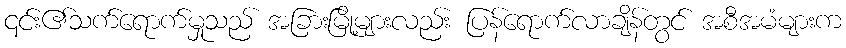
၎င်း၏သက်ရောက်မှုသည် အခြားမြို့များလည်း ပြန်ရောက်လာချိန်တွင် အစီအမံများက